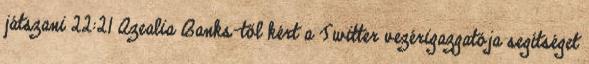
játszani 22:21 Azealia Banks-től kért a Twitter vezérigazgatója segítséget